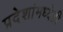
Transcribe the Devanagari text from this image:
प्रदेशांमध्येही